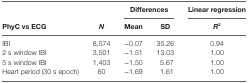
<table><thead><tr><td></td><td></td><td colspan="2"><b>Differences</b></td><td><b>Linear regression</b></td></tr><tr><td><b>PhyC vs ECG</b></td><td><b><i>N</i></b></td><td><b>Mean</b></td><td><b>SD</b></td><td><b><i>R</i><sup>2</sup></b></td></tr></thead><tbody><tr><td>IBI</td><td>8,574</td><td>−0.07</td><td>35.26</td><td>0.94</td></tr><tr><td>2 s window IBI</td><td>3,501</td><td>−1.51</td><td>13.03</td><td>1.00</td></tr><tr><td>5 s window IBI</td><td>1,403</td><td>−1.50</td><td>5.67</td><td>1.00</td></tr><tr><td>Heart period (30 s epoch)</td><td>60</td><td>−1.69</td><td>1.61</td><td>1.00</td></tr></tbody></table>